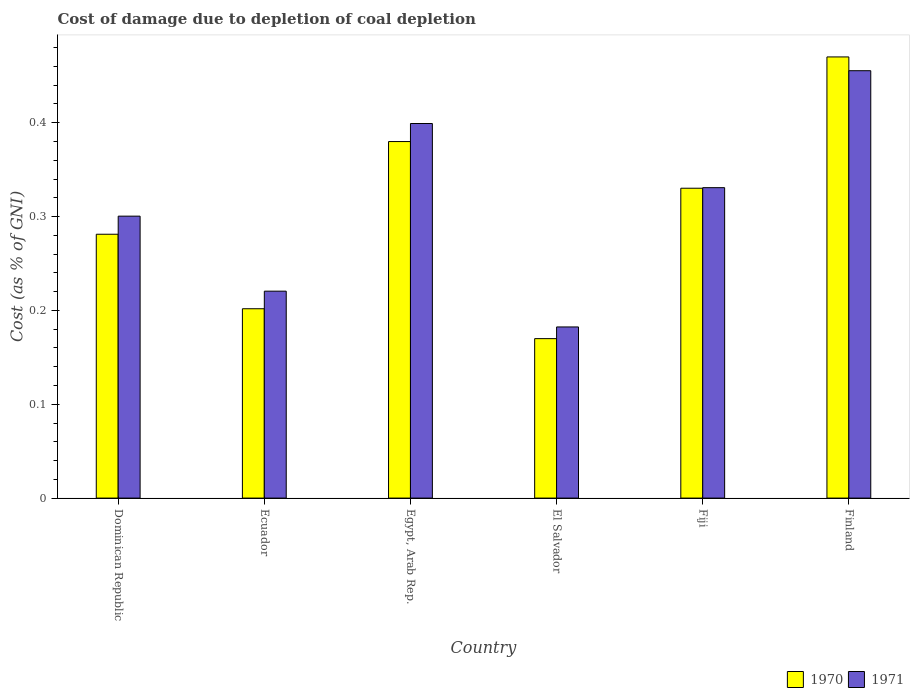
| Country | 1970 | 1971 |
 | --- | --- | --- |
 | Dominican Republic | 0.281 | 0.3 |
 | Ecuador | 0.202 | 0.221 |
 | Egypt, Arab Rep. | 0.38 | 0.399 |
 | El Salvador | 0.17 | 0.182 |
 | Fiji | 0.33 | 0.331 |
 | Finland | 0.47 | 0.455 |